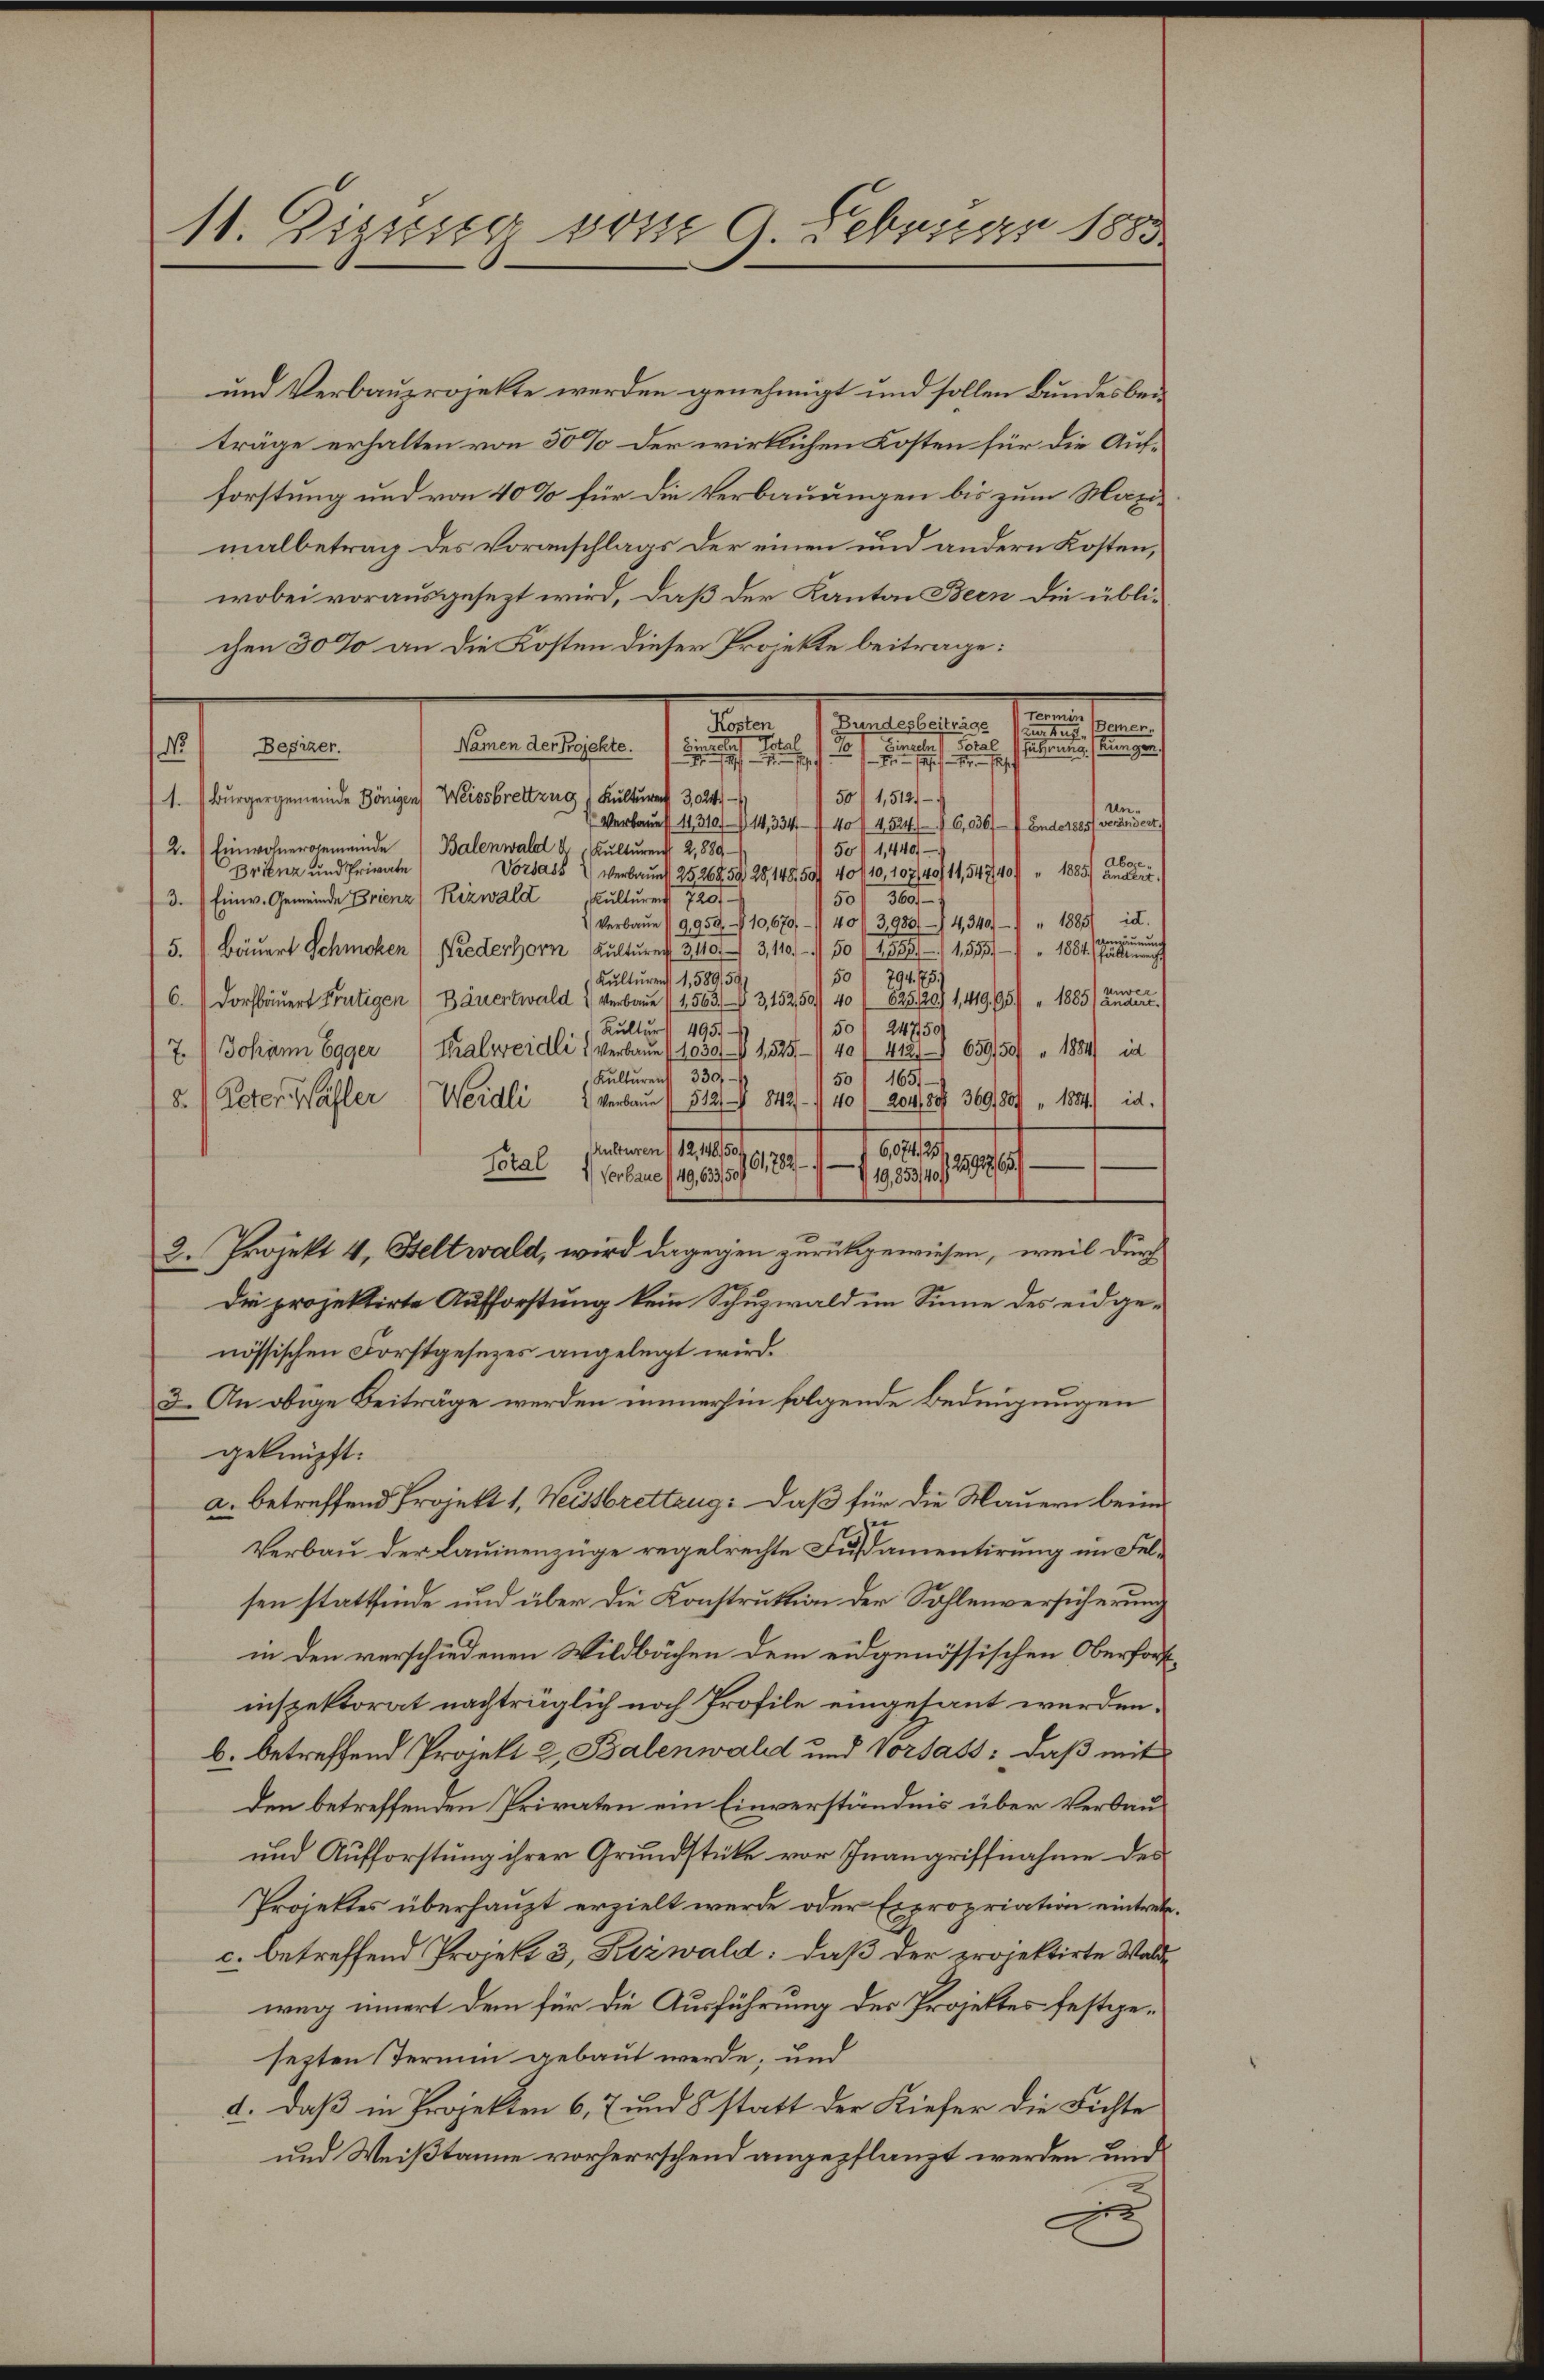
10. Diesiger vom 9. Februar 1883

und Verbauprojekte werden genehmigt und sollen Bundesbeiträge erhalten von 30% der wirklichen Kosten für die Aufforstung und von 40% für die Verbauungen bis zum Maximalbetrag des Voranschlags der einen und andern Kosten,
wobei vorausgesezt wird, daß der Kanton Bern die üblichen 30% an die Kosten dieser Projekte beitrage:
mnen
Bundesbeiträge
a
unter
Tota
Namen der Projekte.
cinalen Coral Suterung eingen
No) Besizer.
e
.

50/1,512,
1. Bürgergemeinde Königen Weissbrettzug (Kulturen 302.
un
Verbaues 11310. 114, 334 - 140 f 45246,036/7 Ende 1885) verändert.
2.) Einwohnergemeinde (Balenwald d. Kŭltŭren 2,889-
50 1,440. —
Aboge
Brienz und Private
Vorsass 1) verbaues 25 26859, 28, 148,50/ 40/10, 107/40/11,54740 " 1885) ändere
120
Kulturer
50 f 30
3. Einw. Gemeinde Brienz (Rizwald
1) Verbaŭe 19959. 710,670, 11 40/3,950. 4340 " 1885 id.
lun
5. Bäuert Schmohen (Niederhorn Kulture 311013,110. 150 (1553, 1553. " 1884. Eing
50/794. 75.
Kulturen 1,589,59
ver
C. Dorfbauert Frutigen / Bäuertwald verbaue (1563. 13,15250/40 / 825. 20./ 1, 419. 65 " 1885 der eine
24750
Kultur (495.
50
7. Johann Egger (Kralweidli verbaue 1030   1525 (40/ 412. 659,50 " 1884) in
Kulturent 330
501 165)
8.) Peter Wähler (Weidli verbau (512/ 1842 - 140 / 204, 807 369,800 " 1814.) id.
sunteren 1 19, 1816.
6,074,25/9
61702.
d
Total
1) Verbaue (49,633/51
19,853/40/1
.
2. Projekt 4. Heltwald, wird dagegen zurückgewiesen, weil durch
Die projektirte Aufforstung kein Schuzwald im Sinne des eidgenössischen Forstgesezes angelegt wird.
3. An obige Beiträge werden immerhin folgende Bedingungen
geknüpft:
a. betreffend Projekt 1, Weissbrettzug: Daß für die Mauern beim

Verbau der Lauinenzüge regelrechte Fußamentirung im Felsen stattfinde und über die Konstruktion der Sohlenversicherung
in den verschiedenen Wildbächen dem eidgenössischen Oberfortinspektorat nachträglich noch Profile eingetant werden.
b. betreffend Projekt 2, Balenwald und Vorsass: daß mit
den betreffenden Privaten ein Einverständnis über Verbau¬
und Aufforstung ihrer Grundstücke vor Inangriffnahme des
Projektes überhaupt erzielt werde oder Expropriation eintretec. betreffend Projekt 3, Kizwald: daß der projektirte Waldweg innert dem für die Ausführung des Projektes festgesezten Termin gebaut werde, und
d. Daß in Projekten 6, 7 und 8 statt der Kiefer die Fichte
und Weißtanne vorherrschend angepflanzt werden und
e